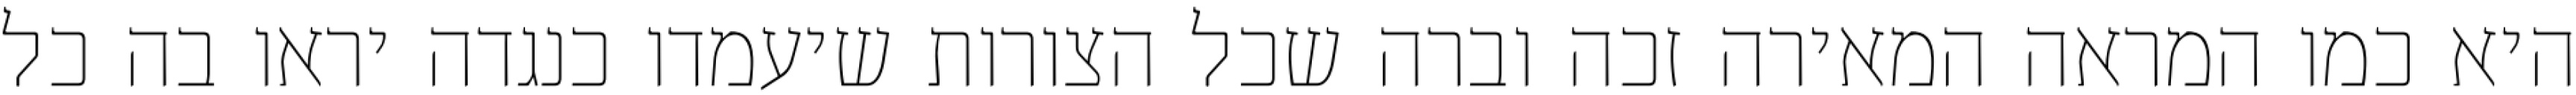
היא כמו המראה המאירה זכה וברה שכל הצורות שיעמדו כנגדה יראו בה כל